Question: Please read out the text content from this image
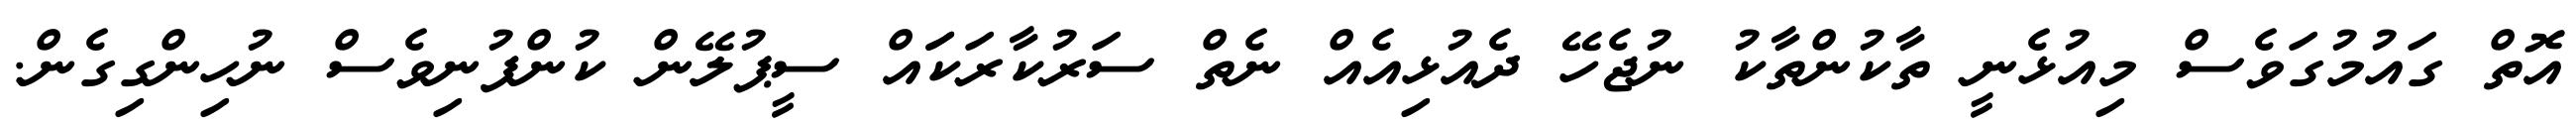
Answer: އޮތް ގައުމުގަވެސް މިއުޅެނީ ތާކުންތާކު ނުޖެހޭ ދެއުޅިއެއް ނެތް ސަރުކާރަކަައް ސީޕުލޭން ކުންފުނިވެސް ނުހިންގިގެން.